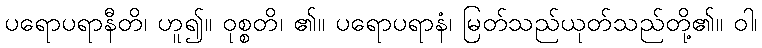
ပရောပရာနီတိ၊ ဟူ၍။ ဝုစ္စတိ၊ ၏။ ပရောပရာနံ၊ မြတ်သည်ယုတ်သည်တို့၏။ ဝါ၊